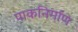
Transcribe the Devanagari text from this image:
पाकनिर्माण